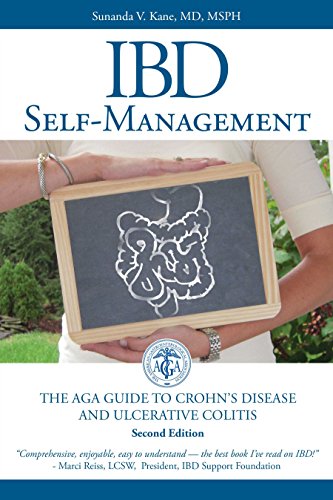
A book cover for IBD Self-Management: The AGA Guide to Crohn's Disease and Ulcerative Colitis; Sunanda V Kane; Health, Fitness & Dieting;